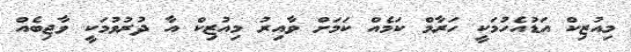
މިއުޒިކް އަޑުއެހުމަކީ ހަރާމް ކަމެއް ކަމަށް ވާއިރު މިއުޒިކް އާ ދުރުވުމަކީ ވާޖިބެއް